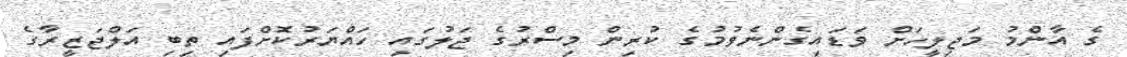
ގެ އާންމު މަޖިލީހަށް ވަޑައިގެންނެވުމުގެ ކުރިން މިސްރުގެ ޖަލުގައި ހައްޔަރުކޮށްފައި ތިބި އަލްޖަޒީރާގެ